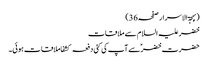
(بہجۃ الاسرار صفحہ36)
خضر علیہ السلام سے ملاقات
حضرت خضرؑ سے آپ کی کئی دفعہ کشفا ملاقات ہوئی۔